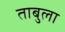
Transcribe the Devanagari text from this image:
ताबुला